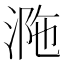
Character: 𣵺